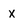
Character: X